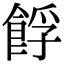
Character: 𩛞